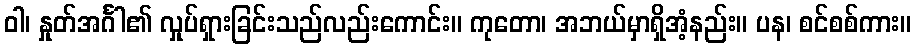
ဝါ၊ နှုတ်အင်္ဂါ၏ လှုပ်ရှားခြင်းသည်လည်းကောင်း။ ကုတော၊ အဘယ်မှာရှိအံ့နည်း။ ပန၊ စင်စစ်ကား။